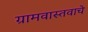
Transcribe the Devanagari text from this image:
ग्रामवास्तवाचे